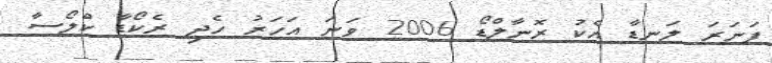
ފަނަރަ ލަނޑާ އެކު ރޮނާލްޑޯ 2006 ވަނަ އަހަރު ހެދި ރެކޯޑާ ކްލޯސާ